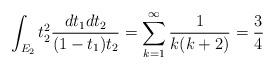
LaTeX: \begin{align*}\int_{E_2}t_2^2\frac{dt_1dt_2}{(1-t_1)t_2}=\sum_{k=1}^{\infty}\frac{1}{k(k+2)}=\frac{3}{4}\end{align*}